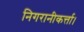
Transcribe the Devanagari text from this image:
निगरानीकर्त्ता।